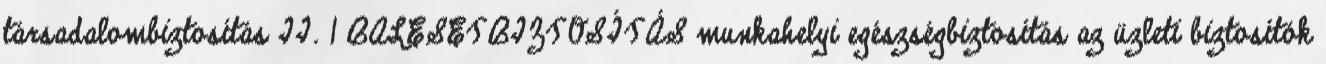
társadalombiztosítás II. 1 BALESETBIZTOSÍTÁS munkahelyi egészségbiztosítás az üzleti biztosítók